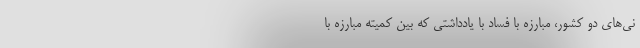
نی‌های دو کشور، مبارزه با فساد با یادداشتی که بین کمیته مبارزه با